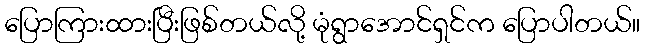
ပြောကြားထားပြီးဖြစ်တယ်လို့ မုံရွာအောင်ရှင်က ပြောပါတယ်။